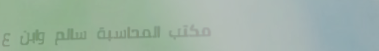
مكتب المحاسبة سالم وابن ع